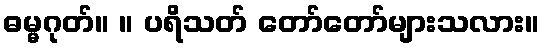
ဓမ္မဂုတ်။ ။ ပရိသတ် တော်တော်များသလား။